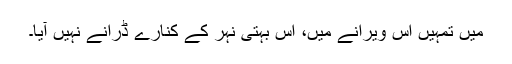
میں تمہیں اس ویرانے میں، اس بہتی نہر کے کنارے ڈرانے نہیں آیا۔